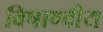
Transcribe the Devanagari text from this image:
विषाण्वीय